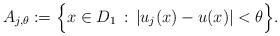
LaTeX: \begin{align*}A_{j,\theta} := \Big\{x \in D_1 \, : \, |u_j(x)-u(x)| < \theta \Big\}.\end{align*}